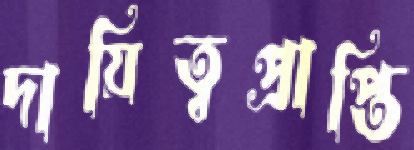
দায়িত্বপ্রাপ্তি